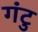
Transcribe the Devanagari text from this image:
गंटु